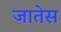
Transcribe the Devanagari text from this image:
जातेस